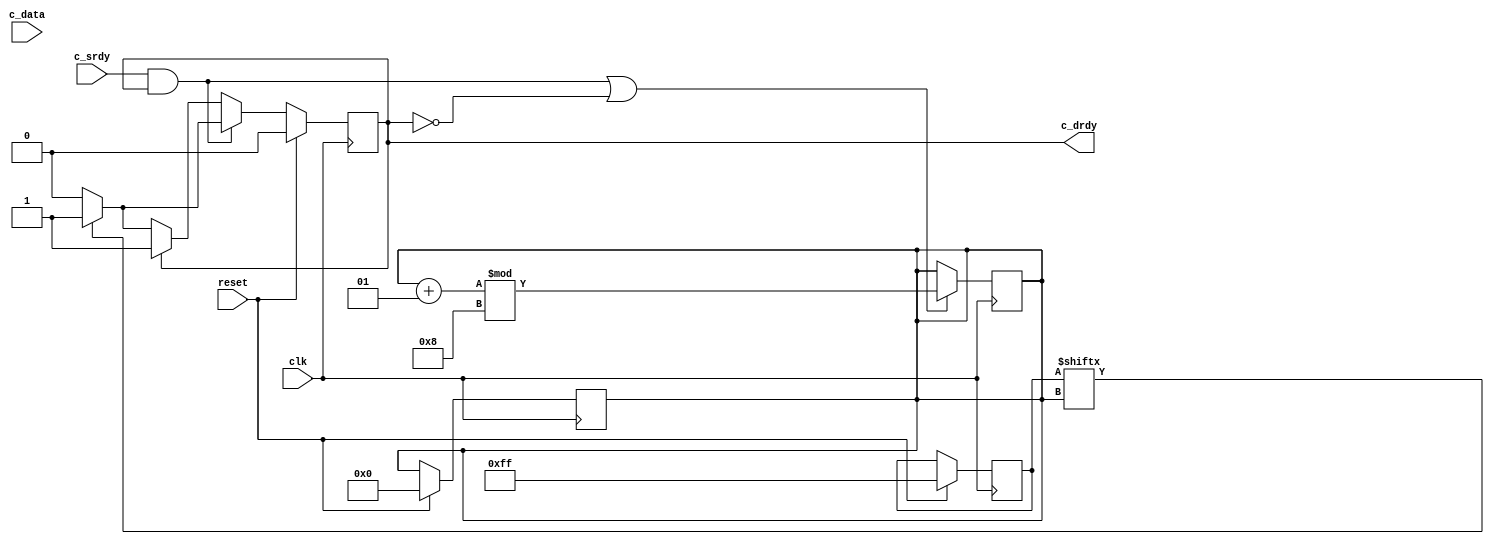
//----------------------------------------------------------------------
// Srdy/Drdy sequence checker
//
// Simplistic traffic checker for srdy/drdy blocks.  Checks for an
// incrementing data sequence.
//
// Naming convention: c = consumer, p = producer, i = internal interface
//----------------------------------------------------------------------
//
// This block is uncopyrighted and released into the public domain.
//----------------------------------------------------------------------

// delay unit for nonblocking assigns, default is to #1
`ifndef SDLIB_DELAY 
 `define SDLIB_DELAY #1 
`endif

module sd_seq_check
  #(parameter width=8)
  (input clk,
   input reset,
   input          c_srdy,
   output reg     c_drdy,
   input [width-1:0] c_data);

  parameter pat_dep = 8;

  reg [width-1:0]    last_seq;
  reg 		     first;
  reg [pat_dep-1:0]  drdy_pat;
  integer 	     dpp;
  reg 		     nxt_c_drdy;
  integer            err_cnt;

  initial
    begin
      drdy_pat = {pat_dep{1'b1}};
      dpp = 0;
    end

  initial
    begin
      first = 1;
      c_drdy = 0;
      err_cnt = 0;
    end

  always @*
    begin
      nxt_c_drdy = c_drdy;

      if (c_srdy & c_drdy)
	begin
	  if (drdy_pat[dpp])
	    begin
	      nxt_c_drdy = 1;
	    end
	  else
	    nxt_c_drdy = 0;
	end
      else if (!c_drdy)
	begin
	  if (drdy_pat[dpp])
	    begin
	      nxt_c_drdy = 1;
	    end
	  else
	    nxt_c_drdy = 0;
	end
    end
  always @(posedge clk)
    begin
      if ((c_srdy & c_drdy) | !c_drdy)
	dpp = (dpp + 1) % pat_dep;
    end

  always @(posedge clk)
    begin
      if (reset)
	begin
	  c_drdy <= `SDLIB_DELAY 0;
          err_cnt  = 0;
          drdy_pat = {pat_dep{1'b1}};
          dpp = 0;
          first = 1;
          last_seq = 0;
	end
      else
	begin
	  c_drdy <= `SDLIB_DELAY nxt_c_drdy;
	  if (c_srdy & c_drdy)
	    begin
	      if (!first && (c_data !== (last_seq + 1)))
                begin
		  $display ("%t: ERROR   : %m: Sequence miscompare rcv=%x exp=%x",
			    $time, c_data, last_seq+1);
                  err_cnt = err_cnt + 1;
                end
	      else
		begin
		  last_seq = c_data;
		  first = 0;
		end
	    end // if (c_srdy & c_drdy)
	end // else: !if(reset)
    end

endmodule // sd_seq_check